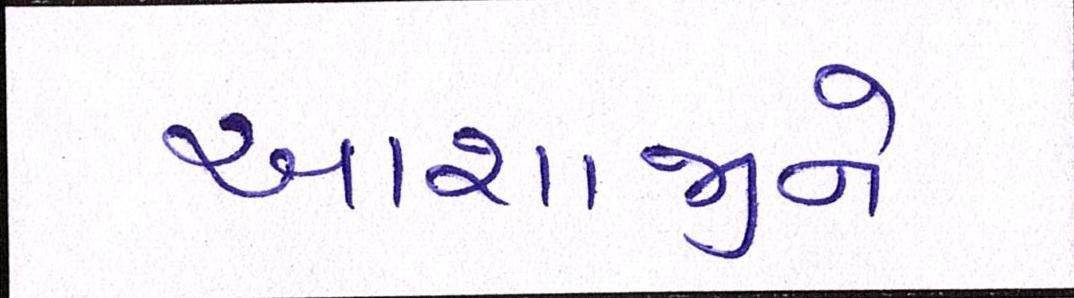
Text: આશાજીને